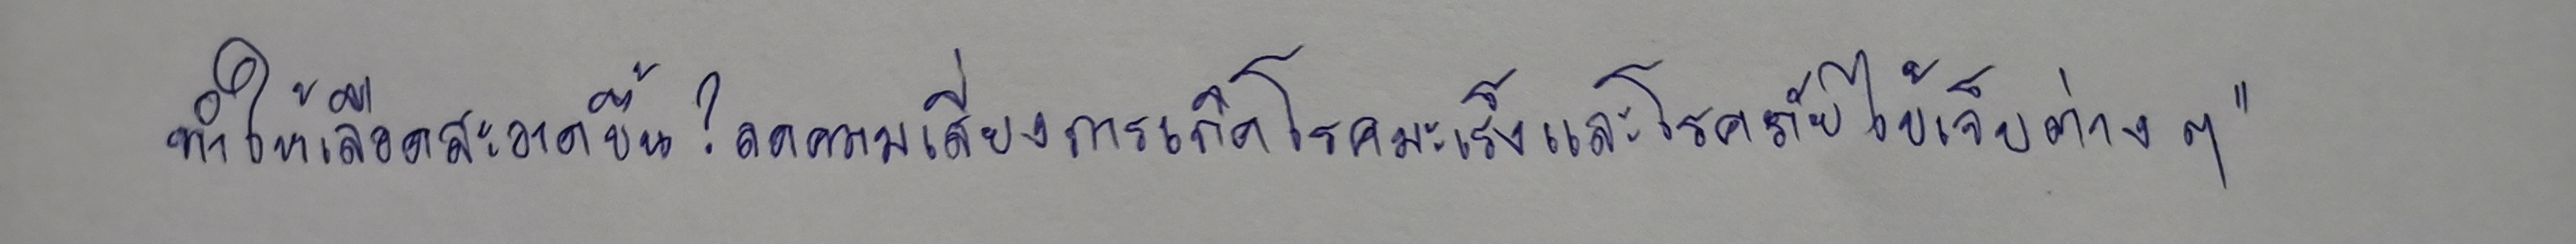
ทำให้เลือดสะอาดขึ้น?ลดความเสี่ยงการเกิดโรคมะเร็งและโรคภัยไข้เจ็บต่างๆ"